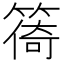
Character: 𥰧